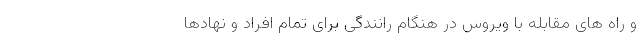
و راه های مقابله با ویروس در هنگام رانندگی برای تمام افراد و نهادها